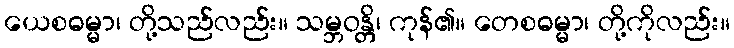
ယေစဓမ္မာ၊ တို့သည်လည်း။ သမ္ဘဝန္တိ၊ ကုန်၏။ တေစဓမ္မာ၊ တို့ကိုလည်း။